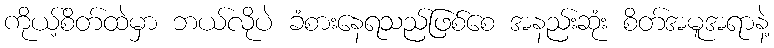
ကိုယ့်စိတ်ထဲမှာ ဘယ်လိုပဲ ခံစားနေရသည်ဖြစ်စေ အနည်းဆုံး စိတ်အမူအရာနဲ့